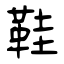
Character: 鞋